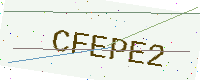
Text: CFEPE2